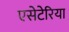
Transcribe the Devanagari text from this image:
एसेटेरिया